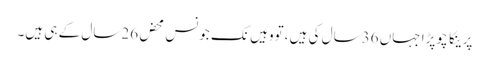
پرینکا چوپڑا جہاں 36سال کی ہیں ،تووہیں نک جونس محض 26سال کے ہی ہیں۔